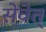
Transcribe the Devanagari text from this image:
सेवेत्